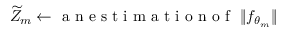
\widetilde { Z } _ { m } \gets \mathrm { ~ a ~ n ~ e ~ s ~ t ~ i ~ m ~ a ~ t ~ i ~ o ~ n ~ o ~ f ~ } \ \| f _ { \theta _ { m } } \|